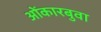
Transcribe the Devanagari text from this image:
ओंकारबुवा